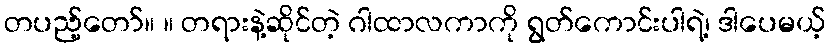
တပည့်တော်။ ။ တရားနဲ့ဆိုင်တဲ့ ဂါထာလကာကို ရွတ်ကောင်းပါရဲ့၊ ဒါပေမယ့်